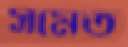
সমেত